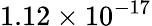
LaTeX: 1.12\times 10^{-17}